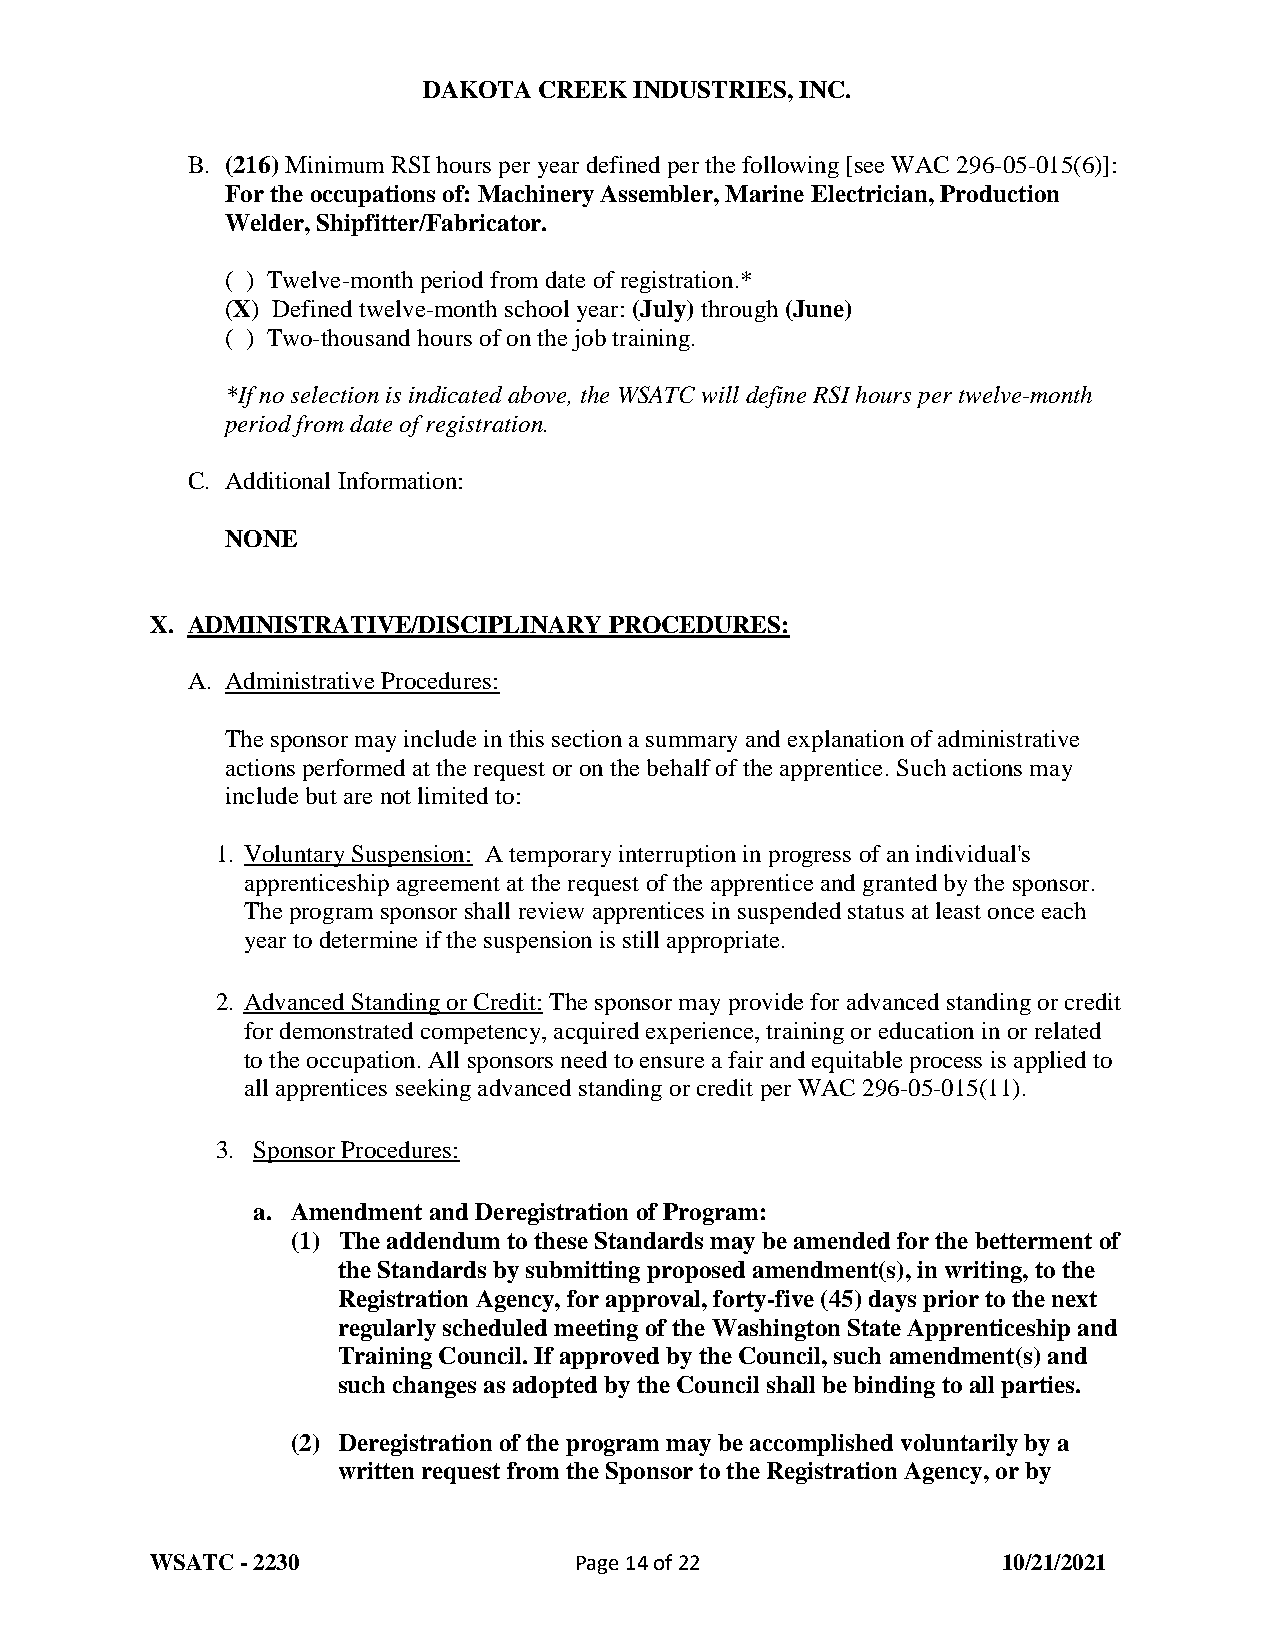
DAKOTA  CREEK INDUSTRIES, INC.
 B. (216) Minimum RSI hours per year defined per the following [see WAC 296-05-015(6)]:
 For the occupations of: Machinery Assembler, Marine Electrician, Production
 Welder, Shipfitter/Fabricator.
 ( ) Twelve-month period from date of registration.*
 (X) Defined twelve-month school year: (July) through (June)
 ( ) Two-thousand hours of on the job training.
 *If no selection is indicated above, the WSATC will define RSI hours per twelve-month
 period from date of registration.
 C. Additional Information:
 NONE
 X. ADMINISTRATIVE/DISCIPLINARY PROCEDURES:
 A. Administrative Procedures:
 The sponsor may include in this section a summary and explanation of administrative
 actions performed at the request or on the behalf of the apprentice. Such actions may
 include but are not limited to:
 1. Voluntary Suspension: A temporary interruption in progress of an individual's
 apprenticeship agreement at the request of the apprentice and granted by the sponsor.
 The program sponsor shall review apprentices in suspended status at least once each
 year to determine if the suspension is still appropriate.
 2. Advanced Standing or Credit: The sponsor may provide for advanced standing or credit
 for demonstrated competency, acquired experience, training or education in or related
 to the occupation. All sponsors need to ensure a fair and equitable process is applied to
 all apprentices seeking advanced standing or credit per WAC 296-05-015(11).
 3. Sponsor Procedures:
 a. Amendment and Deregistration of Program:
 (1) The addendum to these Standards may be amended for the betterment of
 the Standards by submitting proposed amendment(s), in writing, to the
 Registration Agency, for approval, forty-five (45) days prior to the next
 regularly scheduled meeting of the Washington State Apprenticeship and
 Training Council. If approved by the Council, such amendment(s) and
 such changes as adopted by the Council shall be binding to all parties.
 (2) Deregistration of the program may be accomplished voluntarily by a
 written request from the Sponsor to the Registration Agency, or by
 WSATC - 2230                Page 14 of 22               10/21/2021